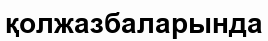
қолжазбаларында